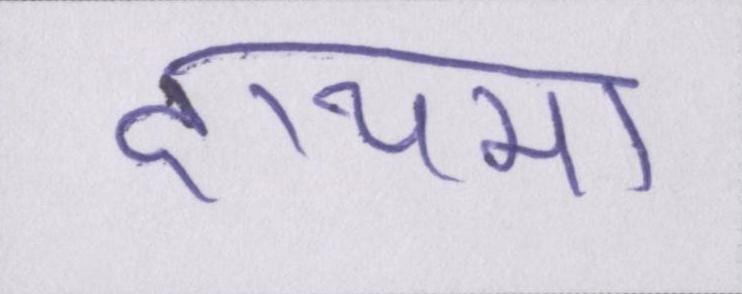
दायमा